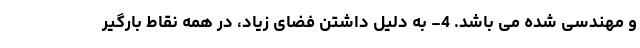
و مهندسی شده می باشد. 4- به دلیل داشتن فضای زیاد، در همه نقاط بارگیر